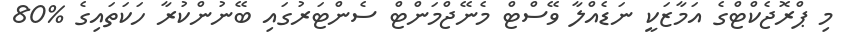
މި ޕްރޮޖެކްޓްގެ އަމާޒަކީ ނަޑެއްލާ ވޭސްޓް މެނޭޖްމަންޓް ސެންޓަރުގައި ބޭނުންކުރާ ހަކަތައިގެ %80